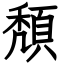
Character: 頽